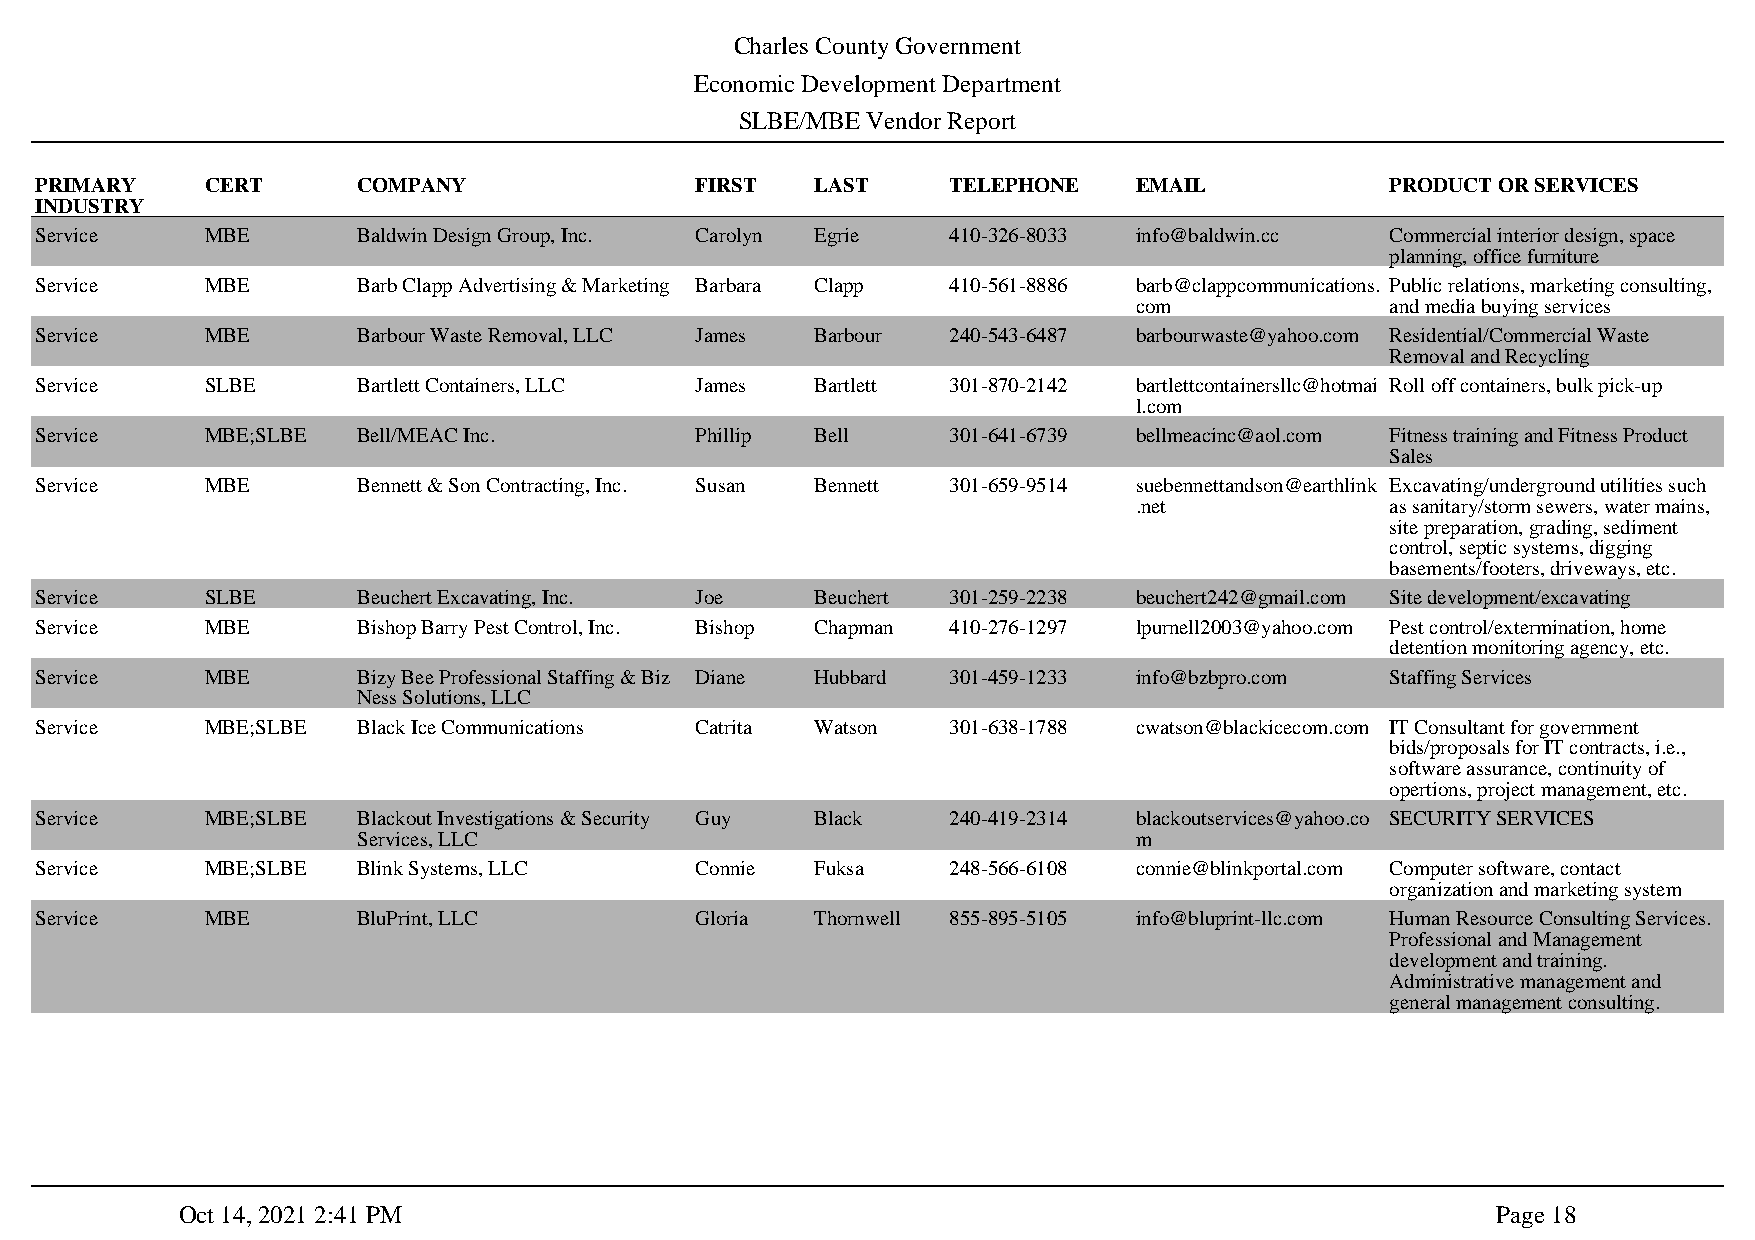
Charles County Government
 Economic Development Department
 SLBE/MBE Vendor Report
 PRIMARY     CERT      COMPANY               FIRST   LAST     TELEPHONE   EMAIL            PRODUCT OR SERVICES
 INDUSTRY
 Service     MBE       Baldwin Design Group, Inc. Carolyn Egrie 410-326-8033 info@baldwin.cc Commercial interior design, space
 planning, office furniture
 Service     MBE       Barb Clapp Advertising & Marketing Barbara Clapp 410-561-8886 barb@clappcommunications. Public relations, marketing consulting,
 com              and media buying services
 Service     MBE       Barbour Waste Removal, LLC James Barbour 240-543-6487 barbourwaste@yahoo.com Residential/Commercial Waste
 Removal and Recycling
 Service     SLBE      Bartlett Containers, LLC James Bartlett 301-870-2142 bartlettcontainersllc@hotmai Roll off containers, bulk pick-up
 l.com
 Service     MBE;SLBE  Bell/MEAC Inc.        Phillip Bell     301-641-6739 bellmeacinc@aol.com Fitness training and Fitness Product
 Sales
 Service     MBE       Bennett & Son Contracting, Inc. Susan Bennett 301-659-9514 suebennettandson@earthlink Excavating/underground utilities such
 .net             as sanitary/storm sewers, water mains,
 site preparation, grading, sediment
 control, septic systems, digging
 basements/footers, driveways, etc.
 Service     SLBE      Beuchert Excavating, Inc. Joe Beuchert 301-259-2238 beuchert242@gmail.com Site development/excavating
 Service     MBE       Bishop Barry Pest Control, Inc. Bishop Chapman 410-276-1297 lpurnell2003@yahoo.com Pest control/extermination, home
 detention monitoring agency, etc.
 Service     MBE       Bizy Bee Professional Staffing & Biz Diane Hubbard 301-459-1233 info@bzbpro.com Staffing Services
 Ness Solutions, LLC
 Service     MBE;SLBE  Black Ice Communications Catrita Watson 301-638-1788 cwatson@blackicecom.com IT Consultant for government
 bids/proposals for IT contracts, i.e.,
 software assurance, continuity of
 opertions, project management, etc.
 Service     MBE;SLBE  Blackout Investigations & Security Guy Black 240-419-2314 blackoutservices@yahoo.co SECURITY SERVICES
 Services, LLC                                      m
 Service     MBE;SLBE  Blink Systems, LLC    Connie  Fuksa    248-566-6108 connie@blinkportal.com Computer software, contact
 organization and marketing system
 Service     MBE       BluPrint, LLC         Gloria  Thornwell 855-895-5105 info@bluprint-llc.com Human Resource Consulting Services.
 Professional and Management
 development and training.
 Administrative management and
 general management consulting.
 Oct 14, 2021 2:41 PM                                                                   Page 18